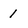
Character: 1